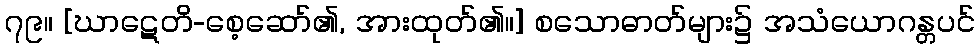
၇၉။ [ဃာဋေတိ-စေ့ဆော်၏, အားထုတ်၏။] စသောဓာတ်များ၌ အသံယောဂန္တပင်